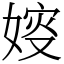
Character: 㛮